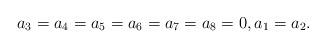
LaTeX: \begin{align*}a_3=a_4=a_5=a_6=a_7=a_8=0, a_1=a_2.\end{align*}